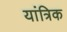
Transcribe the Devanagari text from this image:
यांत्रिक